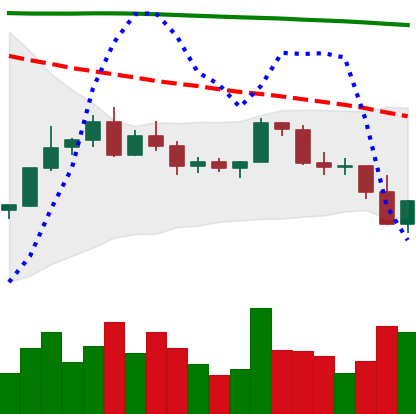
Ticker: BNB-USD
Chart end date: 2022-02-22
Forward return: -3.681%
Label: down_3_5